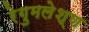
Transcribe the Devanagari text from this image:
रेगुमलेश्ण